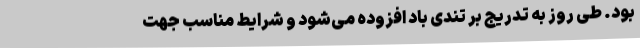
بود. طی روز به تدریج بر تندی باد افزوده می‌شود و شرایط مناسب جهت